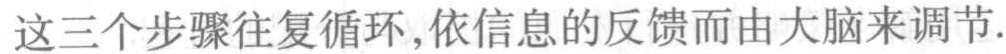
这三个步骤往复循环,依信息的反馈而由大脑来调节.